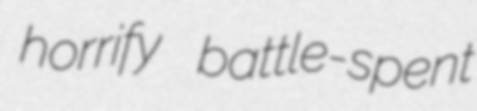
horrify battle-spent